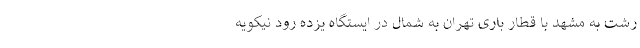
رشت به مشهد با قطار باری تهران به شمال در ایستگاه یزده رود نیکویه